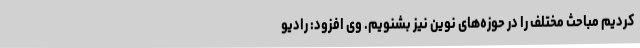
کردیم مباحث مختلف را در حوزه‌های نوین نیز بشنویم. وی افزود: رادیو